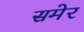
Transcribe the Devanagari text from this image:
समेर